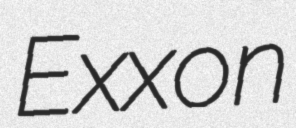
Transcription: Exxon